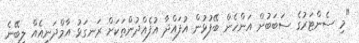
"މި ސެންޓަރުގެ ސަބަބުން އަންހެން ބޭފުޅުން އުފައްދާ އުފެއްދުންތަކަށް ރަނގަޅު އާމްދަނީއެއް ލިބޭނެ